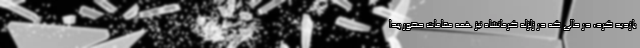
بازدید کرد، در حالی که در زلزله کرمانشاه نیز همه مقامات حضور پیدا